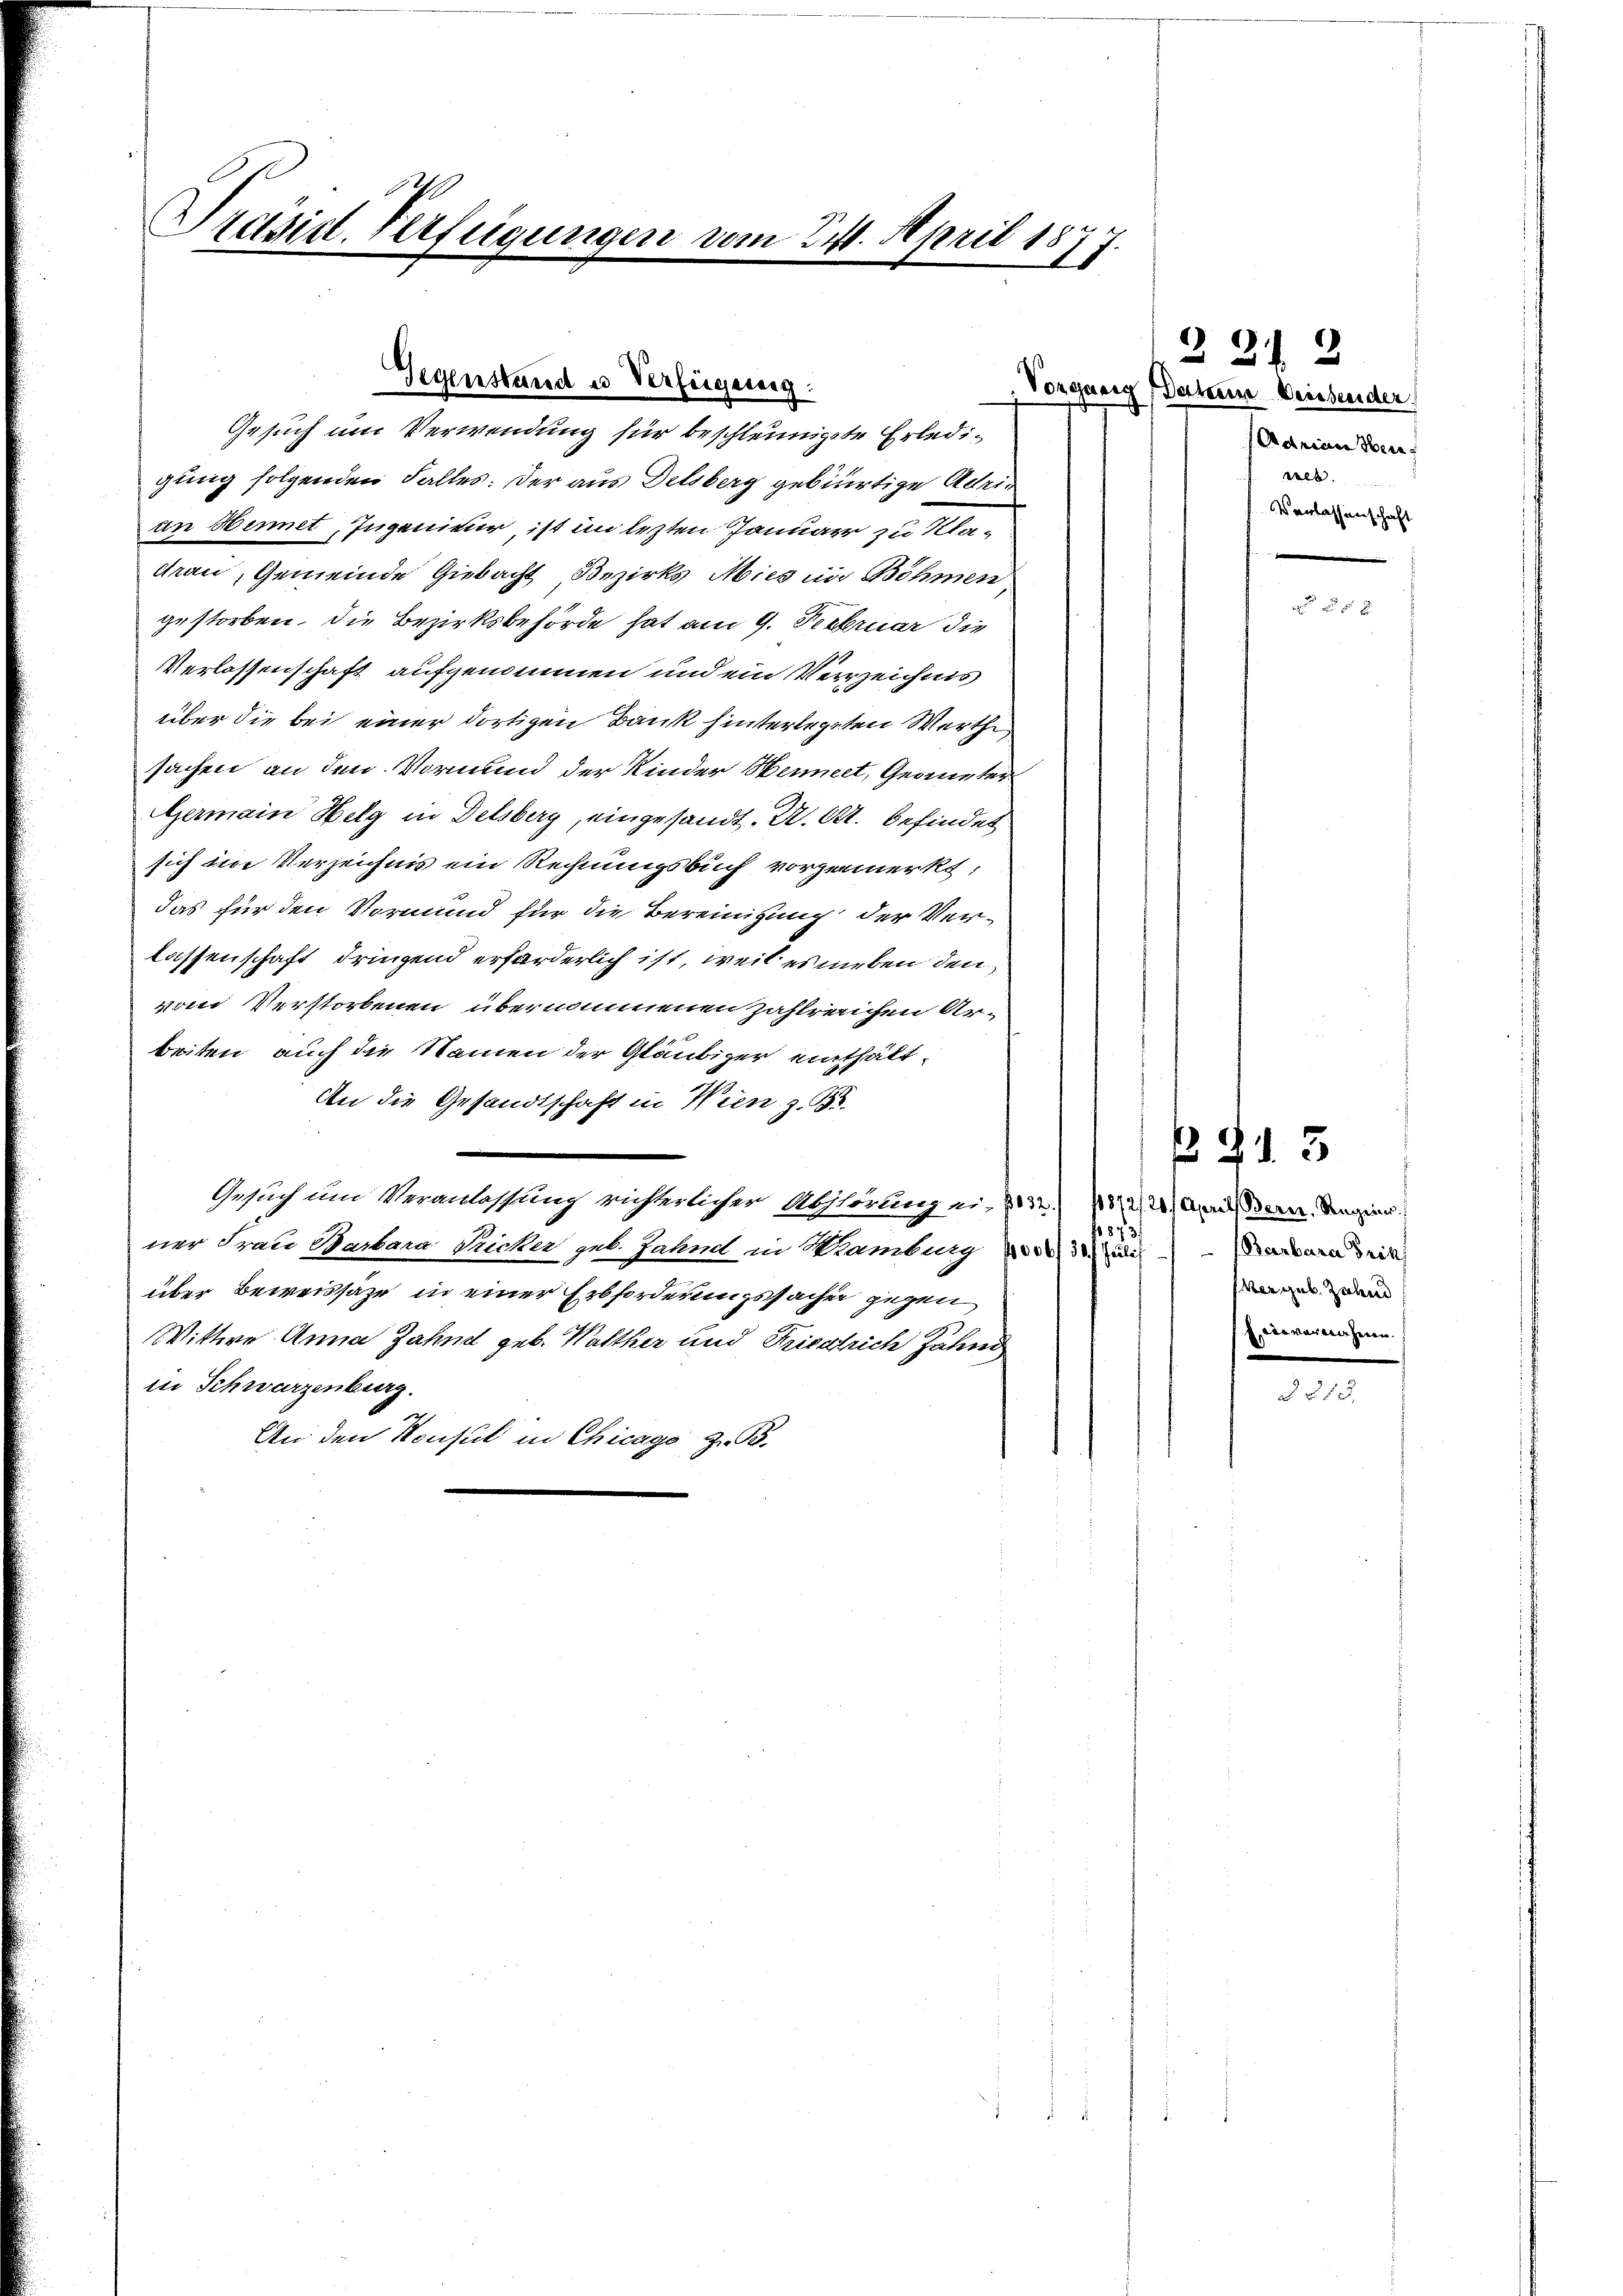
Präsid-Verfügungen vom 24. April 187

gung folgenden Falles: Der aus Delsberg gebürtige Admin
un Hennet, Ingenieur, ist im lezten Januar zu Kladran, Gemeinde Gubacht Bezirks Mies in Böhmen,
gestorben, die Bezirksbehörde hat am 9. Februar die
Verlassenschaft aufgenommen und ein Verzeichnis
über die bei einer dortigen Bank hinterlegten Werthe
sachen an den Vormund der Kinder Heimelt, Gegneter
Germain Helg in Delsberg, eingesandt. U. A. befindet
sich im Verzeichnis ein Rechnungsbuch vorgemerkt:
das für den Vormund für die Bereinigung der Verlassenschaft dringend erforderlich ist, weil es neben den
vom Verstorbenen übernommenen zahlreichen Arbeiten, auch die Namen der Gläubiger einthält¬
An die Gesandtschaft in Wien z. B.
.
Gesuch um Veranlassung richterlicher Abhörung eine
1873.
ner Frau Barbara Sicher geb. Jahre in Wamburg No. 30. Julis Barbara drit
über Beweissätze in einer Erbforderungssachen gegen
Wittwe Anna Zahnd geb. Walther und Friedlich Jahn
in Schwarzenburg.
An den Konsul in Chicago z. B.

Gegenstand u Verfügung:
Gesuch um Verwendung für beschleunigte Erledi¬

2212
Vorgang Datum Weissender
Adrian Sen
eb.
Verlassenschaft
e

x

§ 213
1872/20/ Aprill Bern. Regier
hergeb. Zahnd
overnahmen.